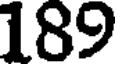
189